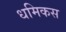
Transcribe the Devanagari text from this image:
धमिकस